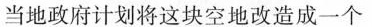
当地政府计划将这块空地改造成一个